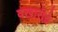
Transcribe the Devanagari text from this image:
वखारीचे